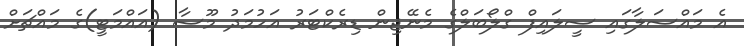
އެ މައްސަލާގައި ސީލައިފް ގްލޯބަލްގެ މެނޭޖިން ޑިރެކްޓަރު އަހުމަދު މޫސާ (އައްމަޓީ)ގެ މައްޗަށް